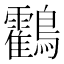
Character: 鸖